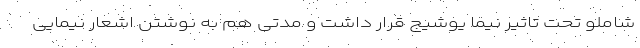
شاملو تحت تاثیر نیما یوشیج قرار داشت و مدتی هم به نوشتن اشعار نیمایی